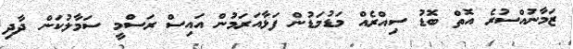
ޒަމާނުއްސުރެ އޮތް ބޮޑު ސިއްރެއް މަޑުމަޑުން ފަޅާއަރަމުން އައިސް ރަސްމީ ސަމާލުކަން ދާދި